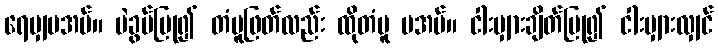
ရေမျှမအပ်။ ပဲခွပ်ပြု၍ တံပူဖြတ်လည်း ထိုတံပူ မအပ်။ ငါးမျှားချိတ်ပြု၍ ငါးမျှားလျှင်